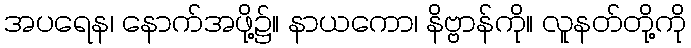
အပရေန၊ နောက်အဖို့၌။ နာယကော၊ နိဗ္ဗာန်ကို။ လူနတ်တို့ကို